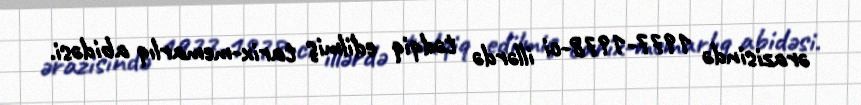
ərazisində 1977-1978-ci illərdə tədqiq edilmiş tarix-memarlıq abidəsi.